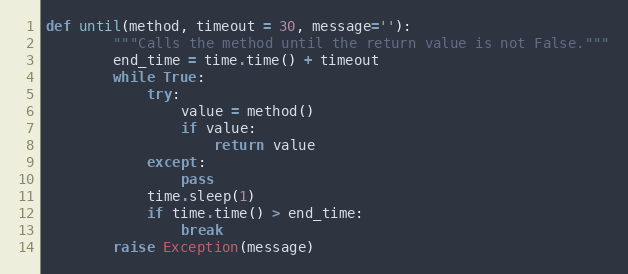
Language: Python
def until(method, timeout = 30, message=''):
        """Calls the method until the return value is not False."""
        end_time = time.time() + timeout
        while True:
            try:
                value = method()
                if value:
                    return value
            except:
                pass
            time.sleep(1)
            if time.time() > end_time:
                break
        raise Exception(message)